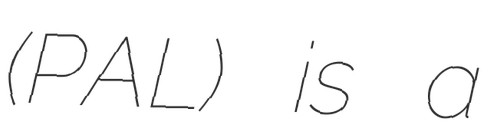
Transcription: (PAL) is a